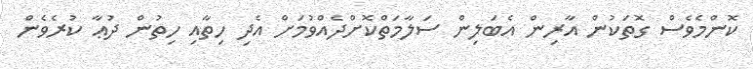
ކޮންމެވެސް ގޮތަކުން އާރިން އެބަލިން ސަލާމަތްކޮށްދެއްވުމަށް އެދި ހިތާއި ހިތުން ދުޢާ ކުރެވެން